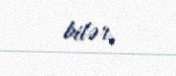
bilər.